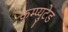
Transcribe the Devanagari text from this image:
कम्प्युटेड